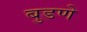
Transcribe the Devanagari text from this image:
बुडणे